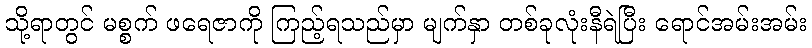
သို့ရာတွင် မစ္စက် ဖရေဇာကို ကြည့်ရသည်မှာ မျက်နှာ တစ်ခုလုံးနီရဲပြီး ရောင်အမ်းအမ်း